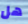
هل